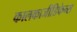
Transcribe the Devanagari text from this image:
कालकाजीडिफेन्स